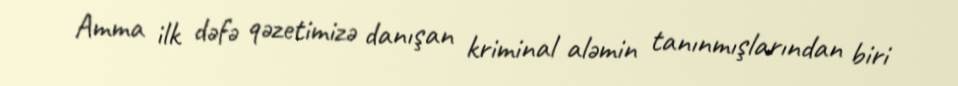
Amma ilk dəfə qəzetimizə danışan kriminal aləmin tanınmışlarından biri